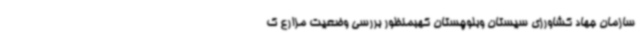
سازمان جهاد کشاورزی سیستان وبلوچستان کهبمنظور بررسی وضعیت مزارع ک